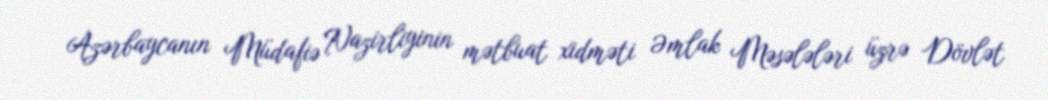
Azərbaycanın Müdafiə Nazirliyinin mətbuat xidməti Əmlak Məsələləri üzrə Dövlət